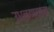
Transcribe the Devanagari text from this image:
उधळण्याचा